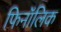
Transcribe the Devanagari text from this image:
फिनॉलिक